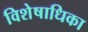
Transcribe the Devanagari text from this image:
विशेषाधिका